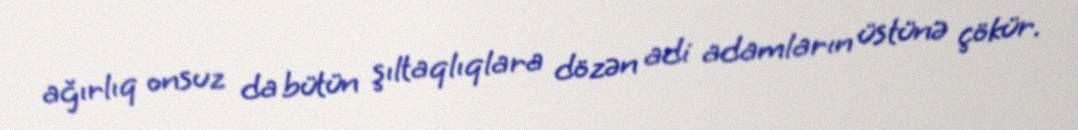
ağırlıq onsuz da bütün şıltaqlıqlara dözən adi adamların üstünə çökür.